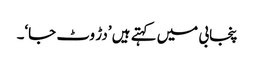
پنجابی میں کہتے ہیں ’دڑ وٹ جا‘۔